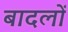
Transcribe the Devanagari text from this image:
बादलाें